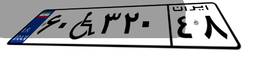
۰۹W۱۳۹۲۰